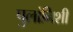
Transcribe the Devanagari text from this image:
पुलांनिशी